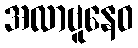
အလာဗူနေဝ